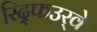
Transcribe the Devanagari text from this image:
स्द्फिउर्‍वे